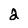
Character: 2